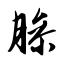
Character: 臊